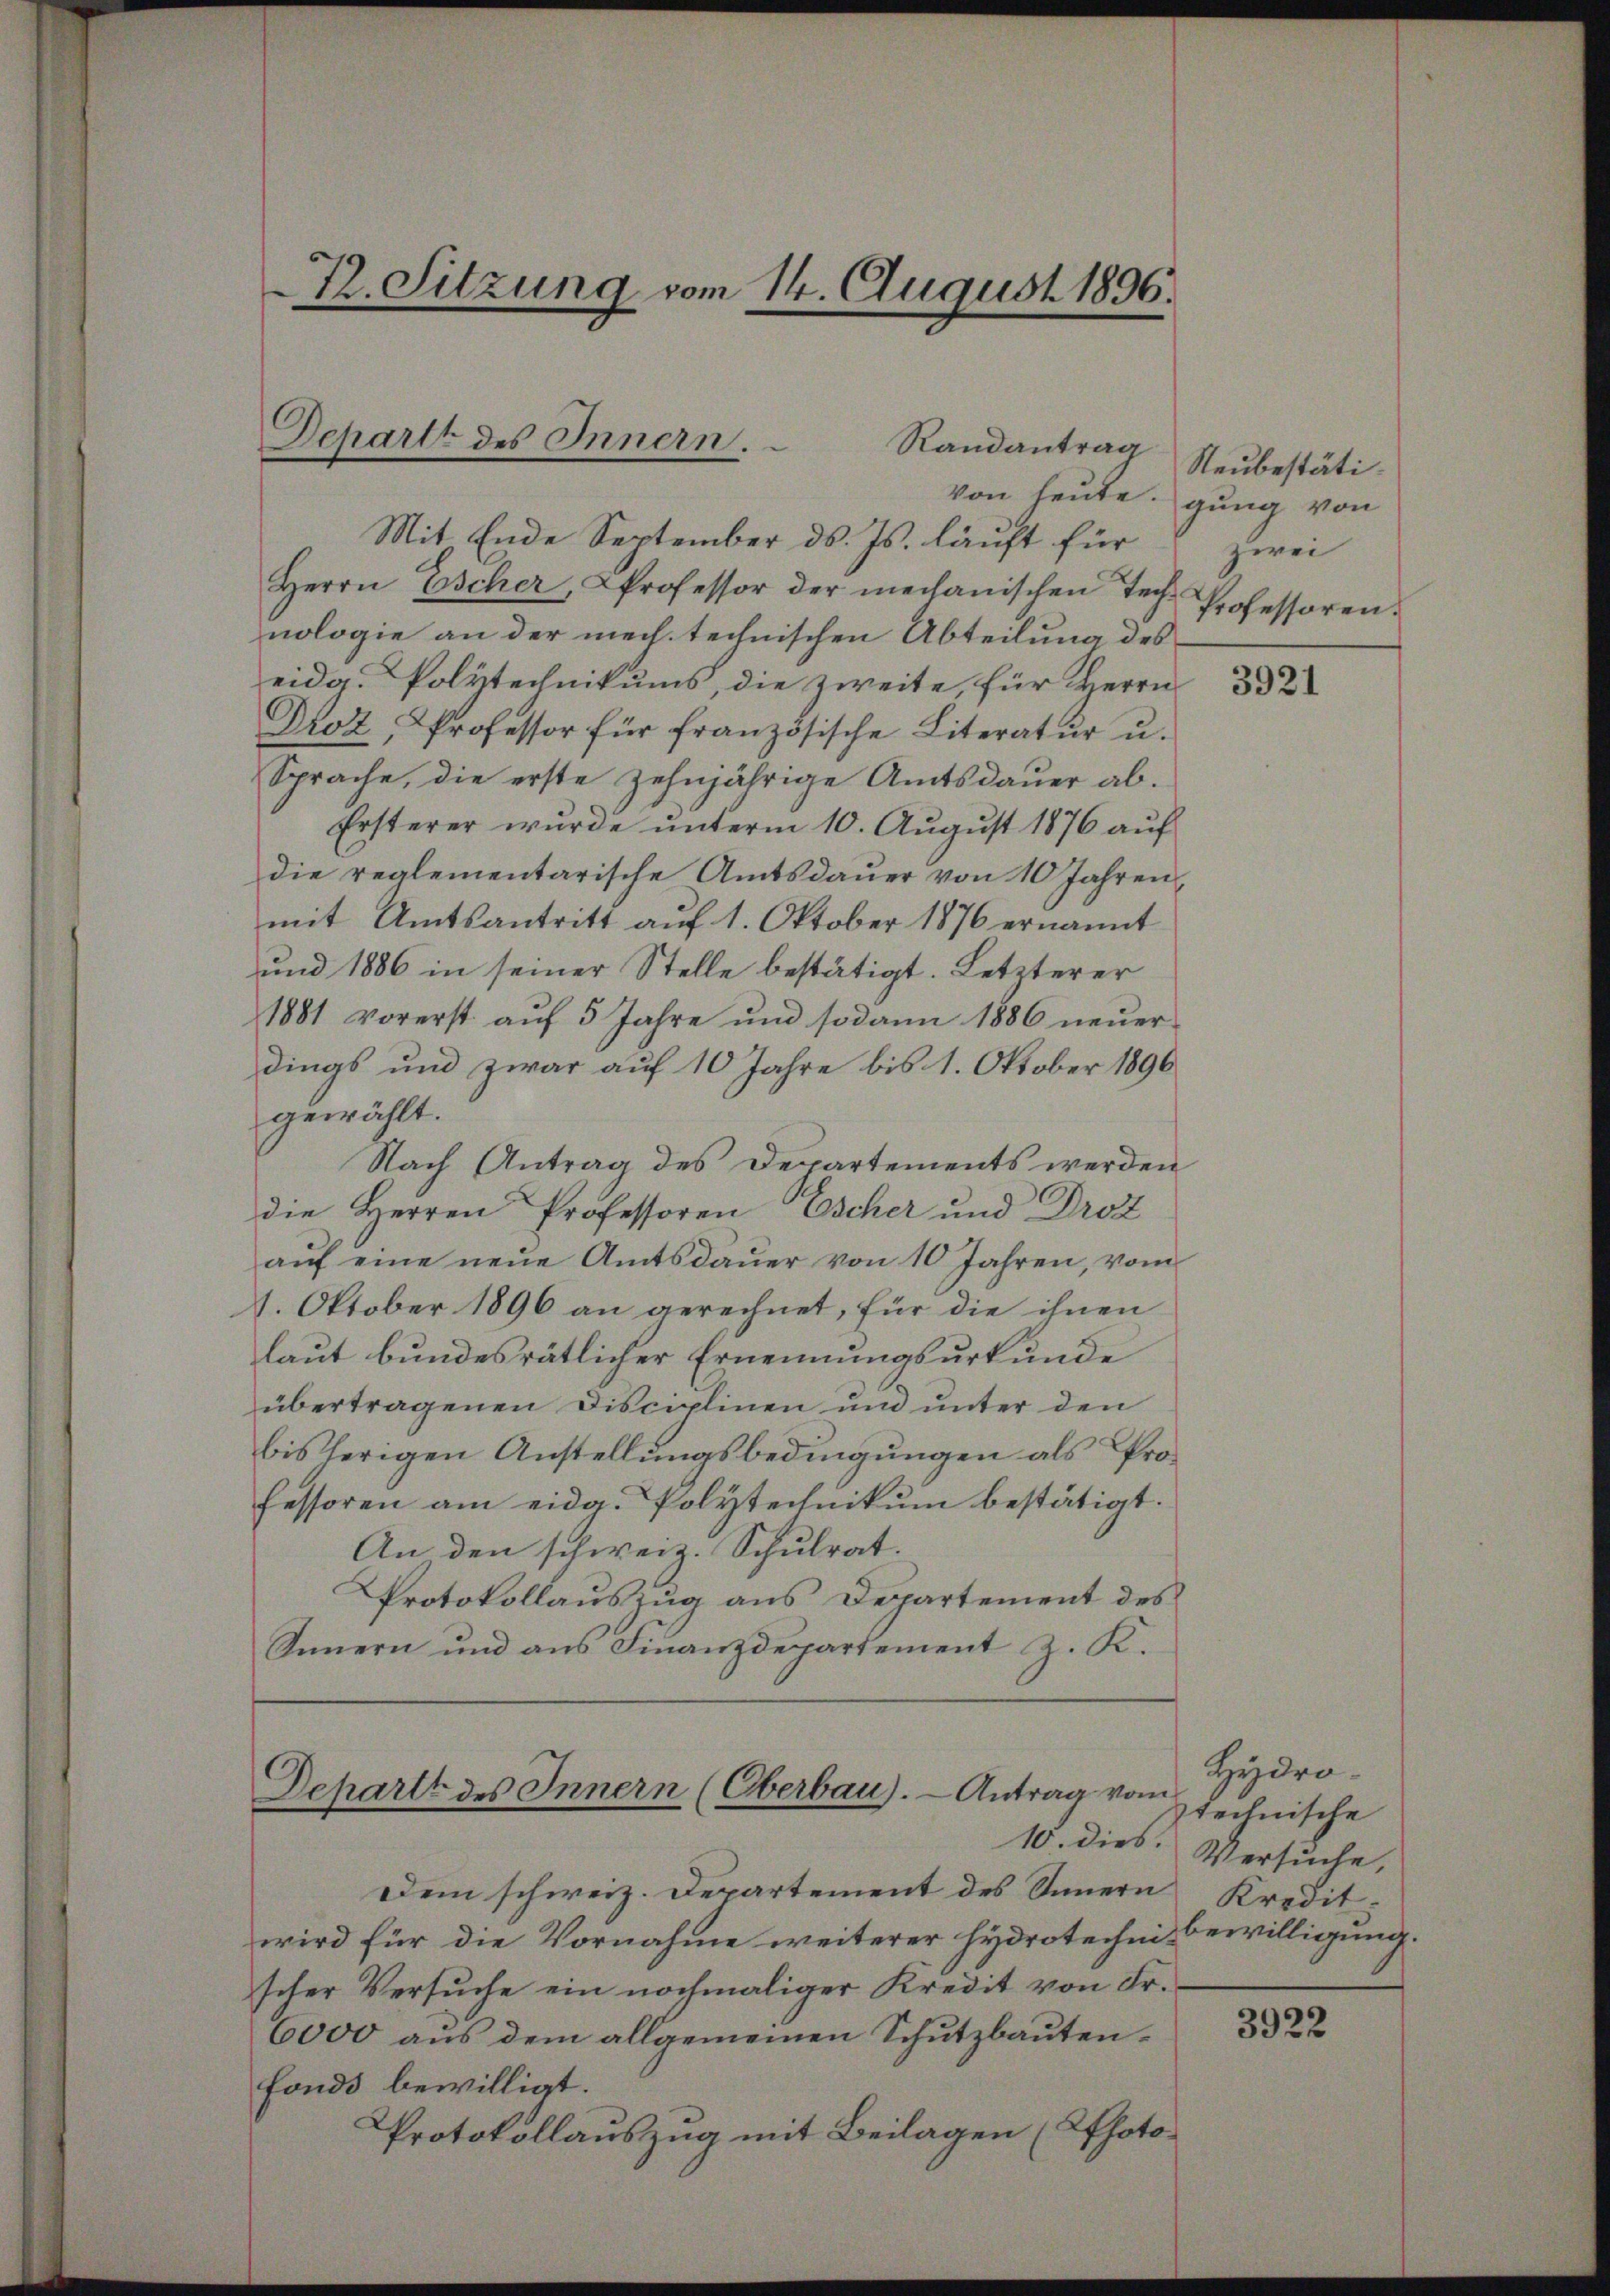
T. Sitzung vom 14. August 1896.

Schartt des Innern.
Randantrag

Mit Ende September ds. Js. läuft für
Herrn Escher, Professor der mechanischen Tech Professoren.
nologie an der mech technischen Abteilung des
eidg. Polytechnikums, die zweite, für Herrn
Droz, Professor für französische Literatŭr u.
Sprache, die erste zehnjährige Amtsdauer ab¬
Ersterer wurde unterm 10. August 1876 auf
die reglementarische Amtsdaŭer von 10 Jahren,
mit Amtsantritt aŭf 1. Oktober 1876 ernannt
und 1886 in seiner Stelle bestätigt. Letzterer
1881 vorerst aŭf 5 Jahre und sodann 1886 neŭer-
dings und zwar auf 10 Jahre bis 1. Oktober 1890
gewählt.
Nach Antrag des Departements werden
die Herren Professoren Escher und Droz
aŭf eine neŭe Amtsdaŭer von 10 Jahren, vom
1. Oktober 1896 an gerechnet, für die ihnen
laut bundesrätlicher Ernennungsurkunde
übertragenen Disciplinen und unter den
bisherigen Anstellungsbedingungen als Professoren am eidg. Polytechnikum bestätigt.
An den schweiz. Schulrat.
Protokollauszug aus Departement des
Innern und aus Finanzdepartement z. K.

Schartt des Innern (Oberbau). — Antrag vom

von heute, gung von

Dem schweiz. Departement des Innern
wird für die Vornahme weiterer Hydrotechen Bewilligung.
scher Versuche ein nochmaliger Kredit von Fr.
6000 aus dem allgemeinen Schutzbautenfonds bewilligt.
Protokollauszug mit Beilagen (Pffoto¬

Neubestätizwei

3921

Hydrotechnische
10. dies. Versuche,
Kredit.

3922